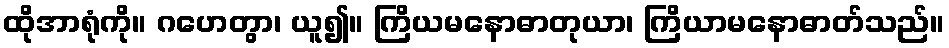
ထိုအာရုံကို။ ဂဟေတွာ၊ ယူ၍။ ကြိယမနောဓာတုယာ၊ ကြိယာမနောဓာတ်သည်။